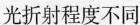
光折射程度不同